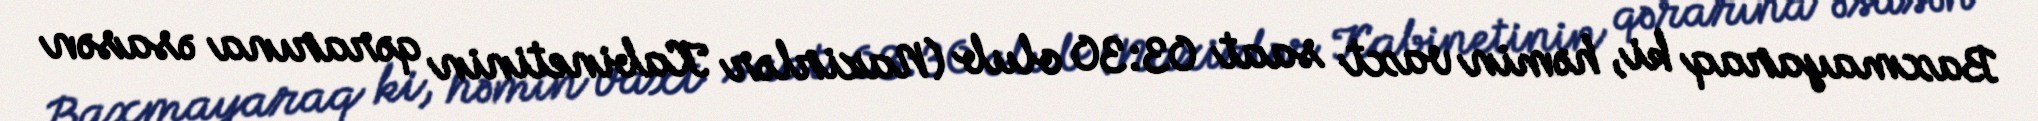
Baxmayaraq ki, həmin vaxt saat 03:30 olub (Nazirlər Kabinetinin qərarına əsasən